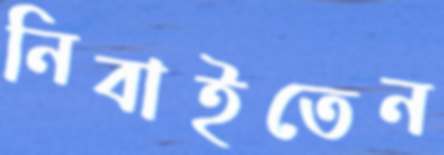
নিবাইতেন